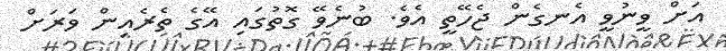
އަށް ވީނުވީ އެނގެން ޖެހޭތީ އެވެ. ބުނެވޭ ގޮތުގައި އޭގެ ތެރެއިން ވަރަށް